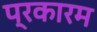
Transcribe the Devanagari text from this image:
प्रकारम